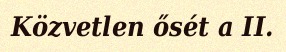
Közvetlen ősét a II.